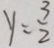
y = \frac { 3 } { 2 }